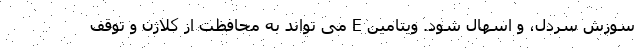
سوزش سردل، و اسهال شود. ویتامین E می تواند به محافظت از کلاژن و توقف